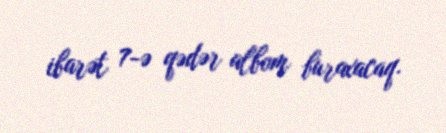
ibarət 7-ə qədər albom buraxacaq.